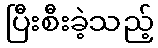
ပြီးစီးခဲ့သည့်